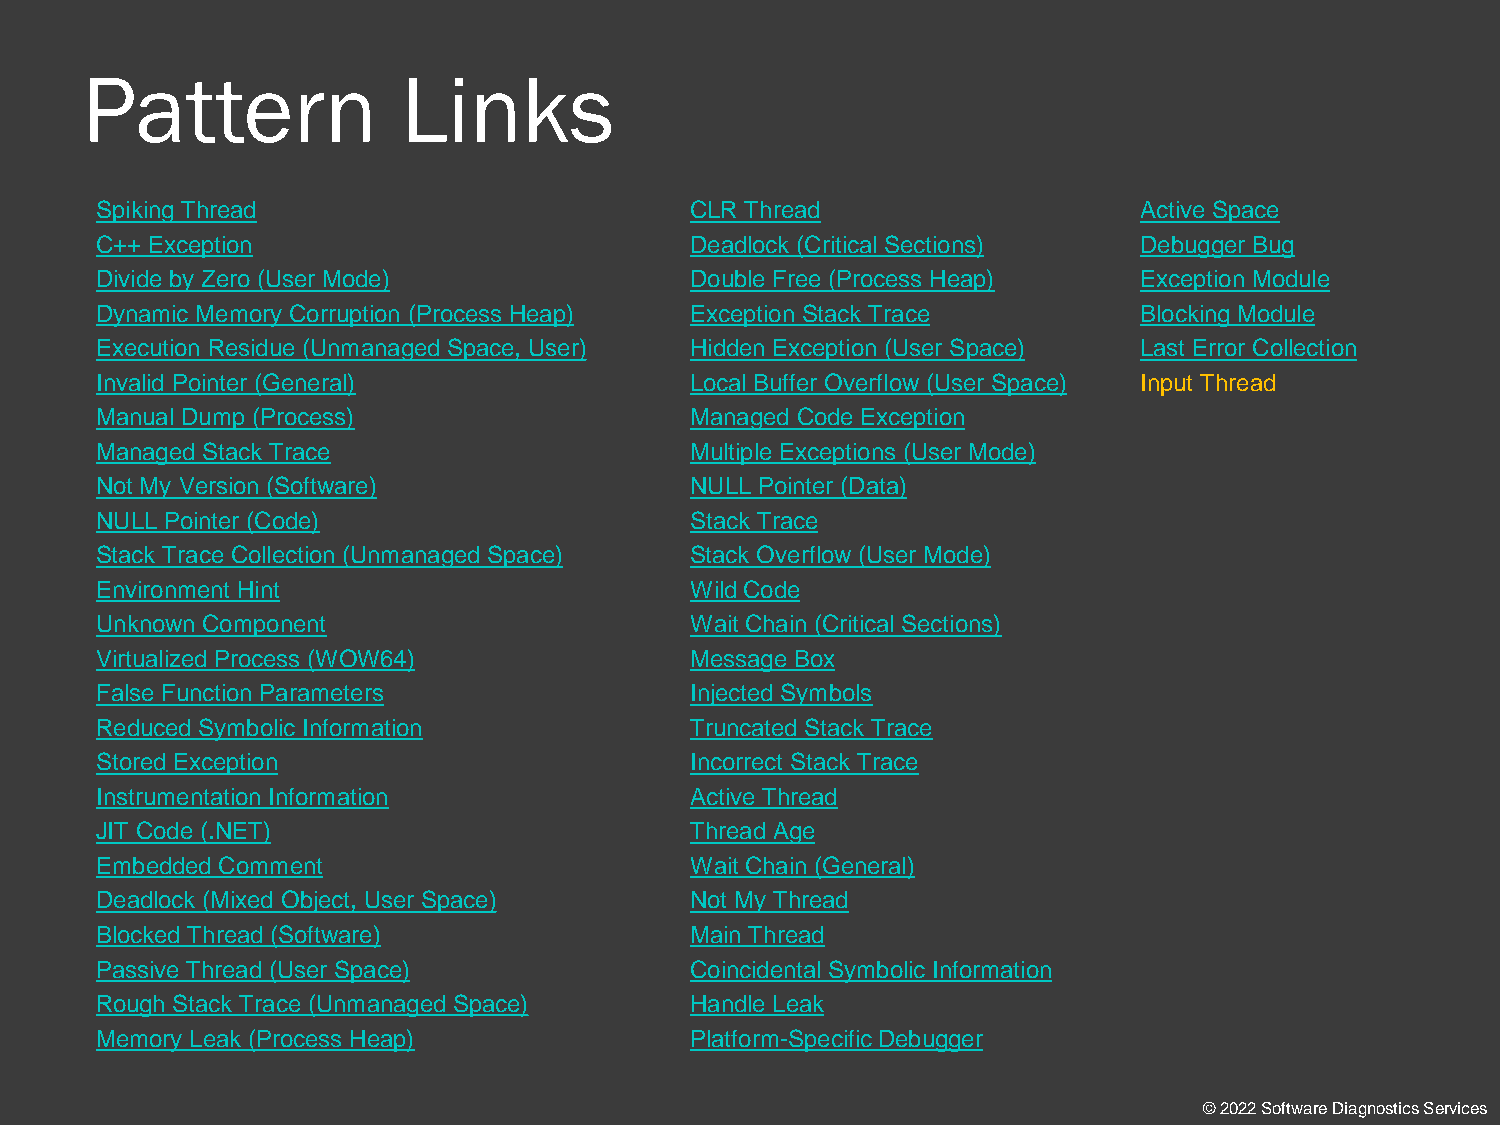
Pattern               Links
 Spiking Thread                          CLR Thread                   Active Space
 C++ Exception                           Deadlock (Critical Sections) Debugger Bug
 Divide by Zero (User Mode)              Double Free (Process Heap)   Exception Module
 Dynamic Memory Corruption (Process Heap) Exception Stack Trace       Blocking Module
 Execution Residue (Unmanaged Space, User) Hidden Exception (User Space) Last Error Collection
 Invalid Pointer (General)               Local Buffer Overflow (User Space) Input Thread
 Manual Dump (Process)                   Managed Code Exception
 Managed Stack Trace                     Multiple Exceptions (User Mode)
 Not My Version (Software)               NULL Pointer (Data)
 NULL Pointer (Code)                     Stack Trace
 Stack Trace Collection (Unmanaged Space) Stack Overflow (User Mode)
 Environment Hint                        Wild Code
 Unknown Component                       Wait Chain (Critical Sections)
 Virtualized Process (WOW64)             Message Box
 False Function Parameters               Injected Symbols
 Reduced Symbolic Information            Truncated Stack Trace
 Stored Exception                        Incorrect Stack Trace
 Instrumentation Information             Active Thread
 JIT Code (.NET)                         Thread Age
 Embedded Comment                        Wait Chain (General)
 Deadlock (Mixed Object, User Space)     Not My Thread
 Blocked Thread (Software)               Main Thread
 Passive Thread (User Space)             Coincidental Symbolic Information
 Rough Stack Trace (Unmanaged Space)     Handle Leak
 Memory Leak (Process Heap)              Platform-Specific Debugger
 © 2022 Software Diagnostics Services